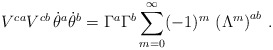
\begin{align*}V^{ca}V^{cb}\,\dot\theta^a\dot\theta^b=\Gamma^a\Gamma^b\sum_{m=0}^\infty(-1)^m\,\left(\Lambda^m\right)^{ab}\,.\end{align*}